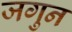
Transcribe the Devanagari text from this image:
जगुन